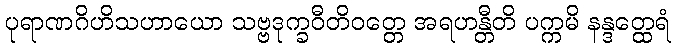
ပုရာဏဂိဟိသဟာယော သဗ္ဗဒုက္ခဝီတိဝတ္တေ အရဟန္တီတိ ပက္ကမိ နန္ဒတ္ထေရံ